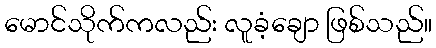
မောင်သိုက်ကလည်း လူခံ့ချော ဖြစ်သည်။